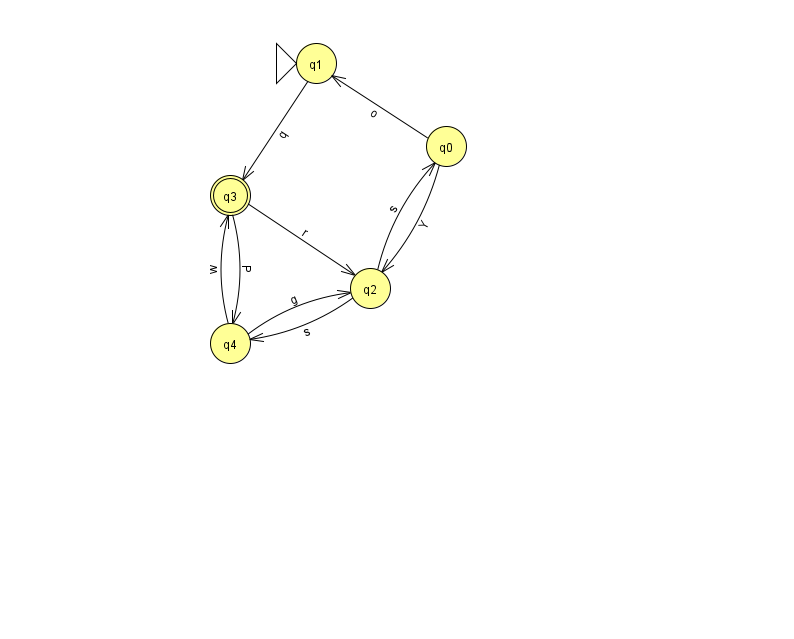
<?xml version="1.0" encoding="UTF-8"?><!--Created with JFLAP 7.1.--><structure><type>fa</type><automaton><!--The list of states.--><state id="0" name="q0"><x>446.0</x><y>133.0</y></state><state id="1" name="q1"><x>316.0</x><y>50.0</y><initial/></state><state id="2" name="q2"><x>370.0</x><y>275.0</y></state><state id="3" name="q3"><x>230.0</x><y>182.0</y><final/></state><state id="4" name="q4"><x>230.0</x><y>330.0</y></state><!--The list of transitions.--><transition><from>2</from><to>4</to><read>s</read></transition><transition><from>4</from><to>3</to><read>w</read></transition><transition><from>0</from><to>1</to><read>o</read></transition><transition><from>4</from><to>2</to><read>g</read></transition><transition><from>0</from><to>2</to><read>Y</read></transition><transition><from>3</from><to>2</to><read>r</read></transition><transition><from>3</from><to>4</to><read>P</read></transition><transition><from>1</from><to>3</to><read>q</read></transition><transition><from>2</from><to>0</to><read>s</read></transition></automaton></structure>